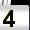
Digit: 4